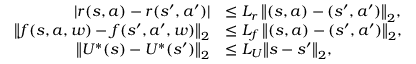
\begin{array} { r l } { | r ( s , a ) - r ( s ^ { \prime } , a ^ { \prime } ) | } & { \le L _ { r } \, \bigl \| ( s , a ) - ( s ^ { \prime } , a ^ { \prime } ) \bigr \| _ { 2 } , } \\ { \bigl \| f ( s , a , w ) - f ( s ^ { \prime } , a ^ { \prime } , w ) \bigr \| _ { 2 } } & { \le L _ { f } \, \bigl \| ( s , a ) - ( s ^ { \prime } , a ^ { \prime } ) \bigr \| _ { 2 } , } \\ { \bigl \| U ^ { * } ( s ) - U ^ { * } ( s ^ { \prime } ) \bigl \| _ { 2 } } & { \le L _ { U } \bigl \| s - s ^ { \prime } \bigr \| _ { 2 } , } \end{array}